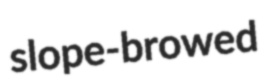
slope-browed